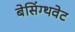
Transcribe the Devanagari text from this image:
बेसिंग्थवेट